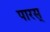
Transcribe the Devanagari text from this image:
पारस्